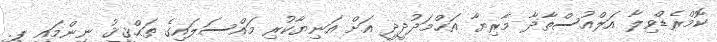
ކޮމްރެޑްވިލާ އަލްއުސްތާޛާ މާރިޔާ އަޙްމަދުދީދީ އަށް އަނިޔާކުރި މައްސަލައިގެ ތަޙްޤީޤު ނިންމައި ޕީ.